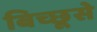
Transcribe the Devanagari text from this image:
बिच्छूसे